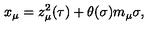
x _ { \mu } = z _ { \mu } ^ { 2 } ( \tau ) + \theta ( \sigma ) m _ { \mu } \sigma ,